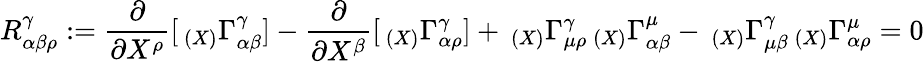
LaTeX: R_{\alpha\beta\rho}^{\gamma}:={\frac{\partial}{\partial X^{\rho}}}[\, _{(X)}\Gamma_{\alpha\beta}^{\gamma}]-{\frac{\partial}{\partial X^{\beta}}}[\, _{(X)}\Gamma_{\alpha\rho}^{\gamma}]+\, _{(X)}\Gamma_{\mu\rho}^{\gamma}\, _{(X)}\Gamma_{\alpha\beta}^{\mu}-\, _{(X)}\Gamma_{\mu\beta}^{\gamma}\, _{(X)}\Gamma_{\alpha\rho}^{\mu}=0